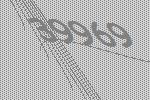
39969